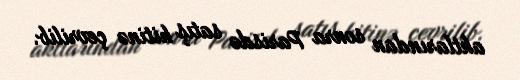
aktlarından sonra Parisdə satış hitinə çevrilib.